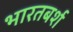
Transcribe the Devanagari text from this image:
भारतबर्श